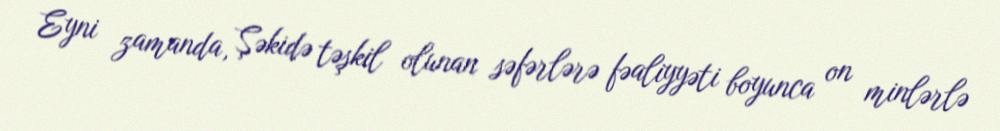
Eyni zamanda, Şəkidə təşkil olunan səfərlərə fəaliyyəti boyunca on minlərlə